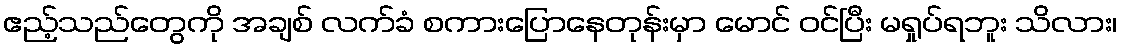
ဧည့်သည်တွေကို အချစ် လက်ခံ စကားပြောနေတုန်းမှာ မောင် ဝင်ပြီး မရှုပ်ရဘူး သိလား၊